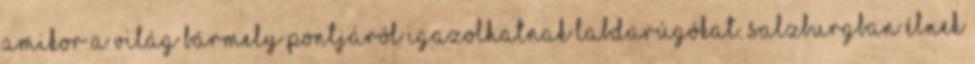
amikor a világ bármely pontjáról igazolhatnak labdarúgókat. Salzburgban élnek